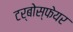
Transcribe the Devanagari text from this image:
टर्बोस्फेयर